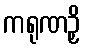
ကရုဏဉှိ